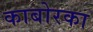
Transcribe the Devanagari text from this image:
काबोरका